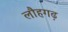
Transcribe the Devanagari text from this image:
लौहगढ़